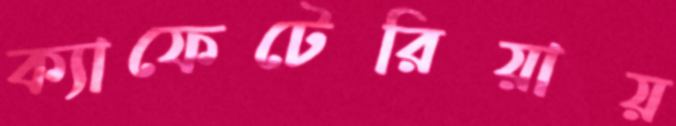
ক্যাফেটেরিয়ায়